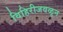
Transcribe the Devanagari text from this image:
विहिरीजवळून